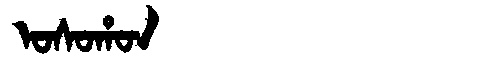
Manchu: ᠣᠰᠣᡥᠣᠨ
Romanization: OSOHON